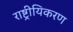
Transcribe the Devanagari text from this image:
राष्ट्रीयिकरण